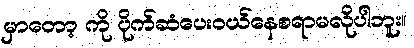
မှာတော့ ကို ပိုက်ဆံပေးဝယ်နေစရာမလိုပါဘူး။